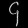
Digit: ၄